Leaving Certificate Examination, 1910
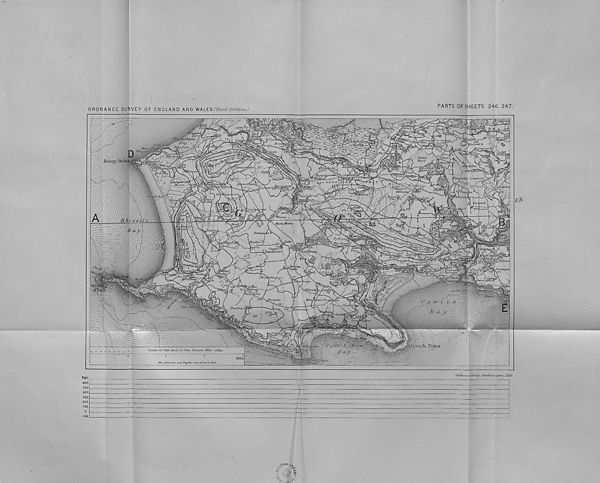
ORDNANCE SURVEY OF ENGLAND AND WALES/ThirdEditioiv)
PARTS OF SHEETS 246.247.
\v-yrv
' ' -A / i
TwIg* Point
' Old, w |
Windmill 2 v
Bryngyvas'
Welsh,
.Moor
CiU/ibion,
'nrzel
Mton]
MiU<
XyBiyir^
Thedrossll
iddewi;
Southgfrti
iirj'o\y^
idm
wvcor
Occivj
Scale of Oxie Incb. to One Statute Mile
Miles
,tt al ^
. . :: t£ *